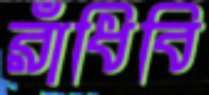
রাঁধিবি